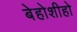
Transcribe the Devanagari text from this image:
बेहोशीहो